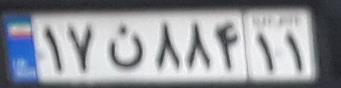
۱۷ن۸۸۴۱۱